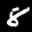
Label: 8